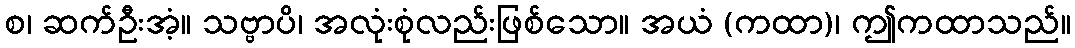
စ၊ ဆက်ဦးအံ့။ သဗ္ဗာပိ၊ အလုံးစုံလည်းဖြစ်သော။ အယံ (ကထာ)၊ ဤကထာသည်။